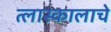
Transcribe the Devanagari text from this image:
त्लास्कालाचे